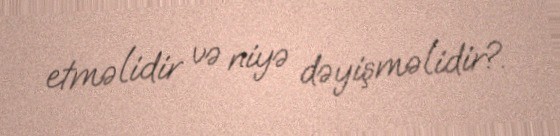
etməlidir və niyə dəyişməlidir?.